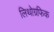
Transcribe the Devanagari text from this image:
लिथोग्रफिक